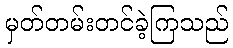
မှတ်တမ်းတင်ခဲ့ကြသည်